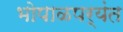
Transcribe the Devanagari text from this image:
भोपाळपर्यंत